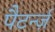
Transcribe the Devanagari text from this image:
पैटर्न्ज़